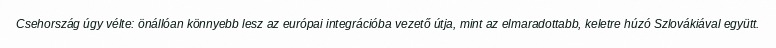
Csehország úgy vélte: önállóan könnyebb lesz az európai integrációba vezető útja, mint az elmaradottabb, keletre húzó Szlovákiával együtt.